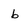
Character: b